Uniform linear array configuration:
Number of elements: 24
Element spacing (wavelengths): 1
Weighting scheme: kaiser
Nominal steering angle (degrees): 45
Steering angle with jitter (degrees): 43.072
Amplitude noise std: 0.05
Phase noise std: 0.05

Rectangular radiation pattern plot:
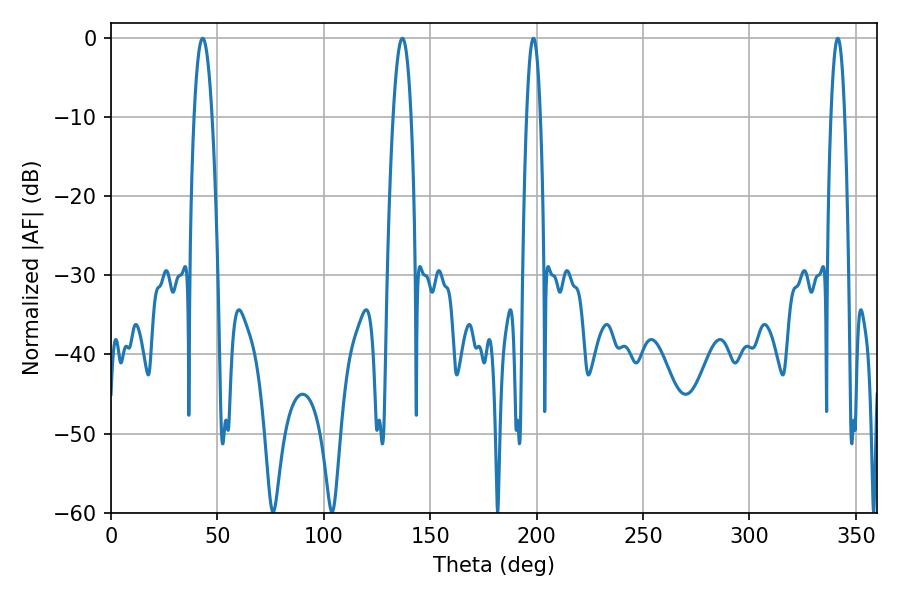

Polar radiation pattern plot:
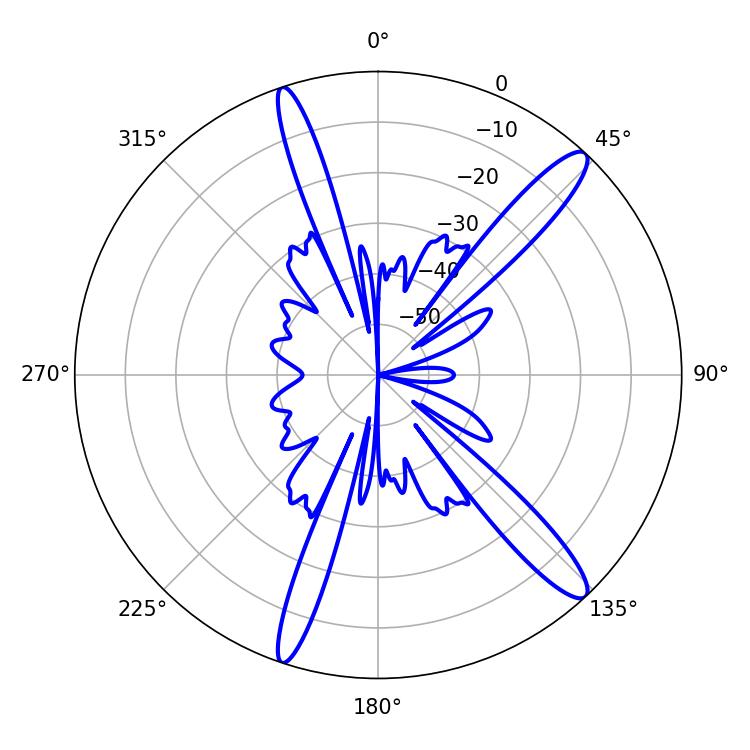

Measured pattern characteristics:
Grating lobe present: TRUE
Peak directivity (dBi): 14.129
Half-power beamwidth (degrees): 4.5
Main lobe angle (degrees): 43.02